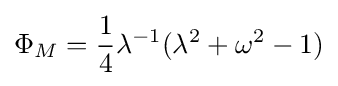
\Phi _{M}={\frac {1}{4}}\lambda ^{-1}(\lambda ^{2}+\omega ^{2}-1)